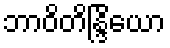
ဘာဝိတိန္ဒြိယော